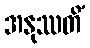
အနုဿတိံ